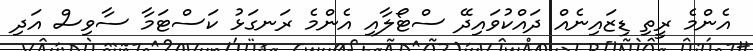
އެންމެ ރީތި ޑިޒައިނެއް ދައްކުވައިދޭ ސްޓޯލާއި އެންމެ ރަނގަޅު ކަސްޓަމާ ސާވިސް އަދި